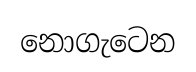
නොගැටෙන